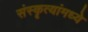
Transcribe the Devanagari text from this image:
संस्कॄत्यांमध्ये